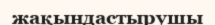
жақындастырушы